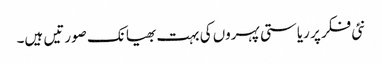
نئی فکر پر ریاستی پہروں کی بہت بھیانک صورتیں ہیں۔